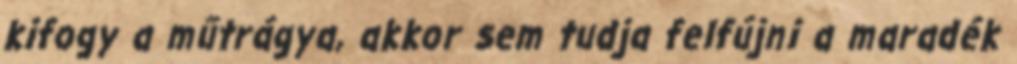
kifogy a műtrágya, akkor sem tudja felfújni a maradék